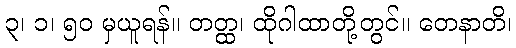
၃၊ ၁၊ ၅၀ မှယူရန်။ တတ္ထ၊ ထိုဂါထာတို့တွင်။ တေနာတိ၊